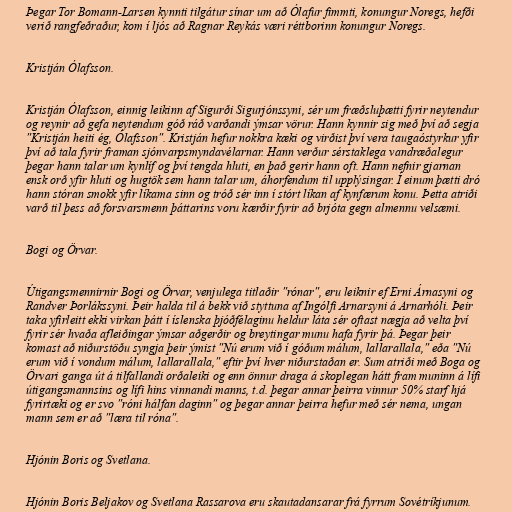
Þegar Tor Bomann-Larsen kynnti tilgátur sínar um að Ólafur fimmti, konungur Noregs, hefði
verið rangfeðraður, kom í ljós að Ragnar Reykás væri réttborinn konungur Noregs.

Kristján Ólafsson.

Kristján Ólafsson, einnig leikinn af Sigurði Sigurjónssyni, sér um fræðsluþætti fyrir neytendur
og reynir að gefa neytendum góð ráð varðandi ýmsar vörur. Hann kynnir sig með því að segja
"Kristján heiti ég, Ólafsson". Kristján hefur nokkra kæki og virðist því vera taugaóstyrkur yfir
því að tala fyrir framan sjónvarpsmyndavélarnar. Hann verður sérstaklega vandræðalegur
þegar hann talar um kynlíf og því tengda hluti, en það gerir hann oft. Hann nefnir gjarnan
ensk orð yfir hluti og hugtök sem hann talar um, áhorfendum til upplýsingar. Í einum þætti dró
hann stóran smokk yfir líkama sinn og tróð sér inn í stórt líkan af kynfærum konu. Þetta atriði
varð til þess að forsvarsmenn þáttarins voru kærðir fyrir að brjóta gegn almennu velsæmi.

Bogi og Örvar.

Útigangsmennirnir Bogi og Örvar, venjulega titlaðir "rónar", eru leiknir ef Erni Árnasyni og
Randver Þorlákssyni. Þeir halda til á bekk við styttuna af Ingólfi Arnarsyni á Arnarhóli. Þeir
taka yfirleitt ekki virkan þátt í íslenska þjóðfélaginu heldur láta sér oftast nægja að velta því
fyrir sér hvaða afleiðingar ýmsar aðgerðir og breytingar munu hafa fyrir þá. Þegar þeir
komast að niðurstöðu syngja þeir ýmist "Nú erum við í góðum málum, lallarallala," eða "Nú
erum við í vondum málum, lallarallala," eftir því hver niðurstaðan er. Sum atriði með Boga og
Örvari ganga út á tilfallandi orðaleiki og enn önnur draga á skoplegan hátt fram muninn á lífi
útigangsmannsins og lífi hins vinnandi manns, t.d. þegar annar þeirra vinnur 50% starf hjá
fyrirtæki og er svo "róni hálfan daginn" og þegar annar þeirra hefur með sér nema, ungan
mann sem er að "læra til róna".

Hjónin Boris og Svetlana.

Hjónin Boris Beljakov og Svetlana Rassarova eru skautadansarar frá fyrrum Sovétríkjunum.